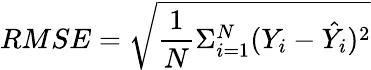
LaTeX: RMSE=\sqrt{\frac{1}{N}\Sigma_{i=1}^{N}(Y_{i}-\hat{Y_{i}})^{2}}